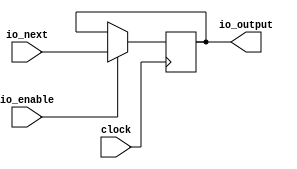
// Copyright (c) 2017, Microsemi Corporation
// All rights reserved.
//
// Redistribution and use in source and binary forms, with or without
// modification, are permitted provided that the following conditions are met:
//     * Redistributions of source code must retain the above copyright
//       notice, this list of conditions and the following disclaimer.
//     * Redistributions in binary form must reproduce the above copyright
//       notice, this list of conditions and the following disclaimer in the
//       documentation and/or other materials provided with the distribution.
//     * Neither the name of the <organization> nor the
//       names of its contributors may be used to endorse or promote products
//       derived from this software without specific prior written permission.
//
// THIS SOFTWARE IS PROVIDED BY THE COPYRIGHT HOLDERS AND CONTRIBUTORS "AS IS" AND
// ANY EXPRESS OR IMPLIED WARRANTIES, INCLUDING, BUT NOT LIMITED TO, THE IMPLIED
// WARRANTIES OF MERCHANTABILITY AND FITNESS FOR A PARTICULAR PURPOSE ARE
// DISCLAIMED. IN NO EVENT SHALL MICROSEMI CORPORATIONM BE LIABLE FOR ANY
// DIRECT, INDIRECT, INCIDENTAL, SPECIAL, EXEMPLARY, OR CONSEQUENTIAL DAMAGES
// (INCLUDING, BUT NOT LIMITED TO, PROCUREMENT OF SUBSTITUTE GOODS OR SERVICES;
// LOSS OF USE, DATA, OR PROFITS; OR BUSINESS INTERRUPTION) HOWEVER CAUSED AND
// ON ANY THEORY OF LIABILITY, WHETHER IN CONTRACT, STRICT LIABILITY, OR TORT
// (INCLUDING NEGLIGENCE OR OTHERWISE) ARISING IN ANY WAY OUT OF THE USE OF THIS
// SOFTWARE, EVEN IF ADVISED OF THE POSSIBILITY OF SUCH DAMAGE.
//
// APACHE LICENSE
// Copyright (c) 2017, Microsemi Corporation 
//
// Licensed under the Apache License, Version 2.0 (the "License");
// you may not use this file except in compliance with the License.
// You may obtain a copy of the License at
//
//    http://www.apache.org/licenses/LICENSE-2.0
//
// Unless required by applicable law or agreed to in writing, software
// distributed under the License is distributed on an "AS IS" BASIS,
// WITHOUT WARRANTIES OR CONDITIONS OF ANY KIND, either express or implied.
// See the License for the specific language governing permissions and
// limitations under the License.
//
// Description:
//
// SVN Revision Information:
// SVN $Revision: $
// SVN $Date: $
//
// Resolved SARs
// SAR      Date     Who   Description
//
// Notes:
//
// ****************************************************************************/
`define RANDOMIZE
`timescale 1ns/10ps
module PROC_SUBSYSTEM_MIV_RV32IMA_L1_AHB_0_MIV_RV32IMA_L1_AHB_NEGATIVE_EDGE_LATCH_2(
  input        clock,
  input  [4:0] io_next,
  input        io_enable,
  output [4:0] io_output
);
  reg [4:0] reg$;
  reg [31:0] _RAND_0;
  wire [4:0] _GEN_0;
  assign io_output = reg$;
  assign _GEN_0 = io_enable ? io_next : reg$;
`ifdef RANDOMIZE
  integer initvar;
  initial begin
    `ifndef verilator
      #0.002 begin end
    `endif
  `ifdef RANDOMIZE_REG_INIT
  _RAND_0 = {1{$random}};
  reg$ = _RAND_0[4:0];
  `endif // RANDOMIZE_REG_INIT
  end
`endif // RANDOMIZE
  always @(posedge clock) begin
    if (io_enable) begin
      reg$ <= io_next;
    end
  end
endmodule